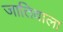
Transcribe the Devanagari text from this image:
जातिवाला